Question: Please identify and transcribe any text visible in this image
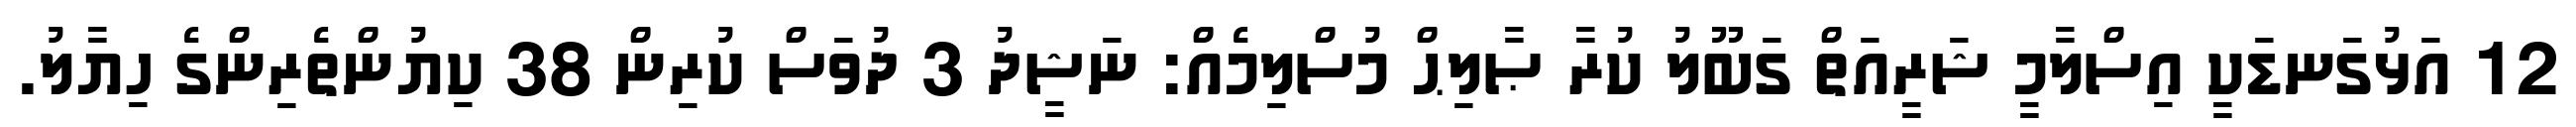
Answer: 12 އަޅުގަނޑަކީ އިސްލާމީ ޝަރީއަތް ގަބޫލު ކުރާ ޞާލިޙް މުސްލިމެއް: ނަޝީދު 3 ދުވަސް ކުރިން 38 ކިޔުންތެރިންގެ ހިޔާލު.